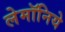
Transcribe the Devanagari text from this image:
लेमॉनिये